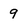
Character: 9